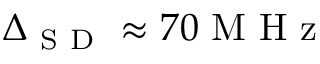
\Delta _ { \mathrm { ~ S ~ D ~ } } \approx 7 0 \mathrm { ~ M ~ H ~ z ~ }